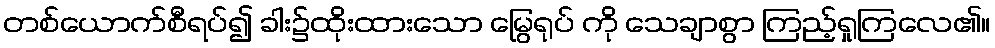
တစ်ယောက်စီရပ်၍ ခါး၌ထိုးထားသော မြွေရုပ် ကို သေချာစွာ ကြည့်ရှုကြလေ၏။